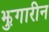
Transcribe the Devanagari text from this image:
झुगारीन